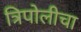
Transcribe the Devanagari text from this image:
त्रिपोलीचा